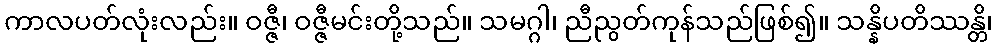
ကာလပတ်လုံးလည်း။ ဝဇ္ဇီ၊ ဝဇ္ဇီမင်းတို့သည်။ သမဂ္ဂါ၊ ညီညွတ်ကုန်သည်ဖြစ်၍။ သန္နိပတိဿန္တိ၊